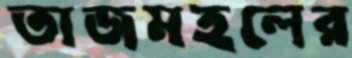
তাজমহলের